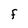
Character: F